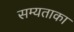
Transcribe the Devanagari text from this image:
सम्यताका